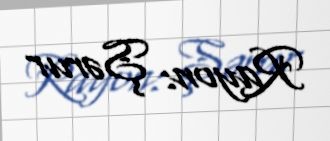
Rayon: Şərur